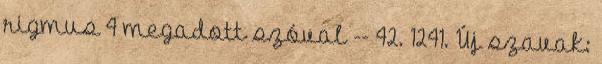
rigmus 4 megadott szóval -- 42. 1241. Új szavak: